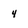
Character: 4